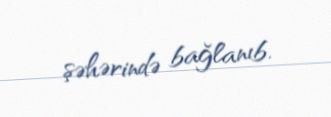
şəhərində bağlanıb.